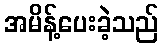
အမိန့်ပေးခဲ့သည်